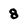
Character: 8